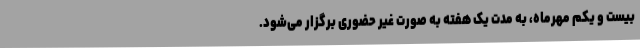
بیست و یکم مهرماه، به مدت یک هفته به صورت غیر حضوری برگزار می‌شود.